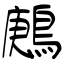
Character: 鶊